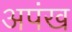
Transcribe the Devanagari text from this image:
अपंख